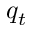
q _ { t }